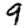
Digit: 9